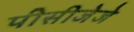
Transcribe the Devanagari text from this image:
पीसीजेजे